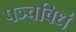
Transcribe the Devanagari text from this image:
पञ्चविधं